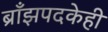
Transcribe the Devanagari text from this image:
ब्राँझपदकेही